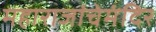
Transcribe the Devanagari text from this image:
महाराजांचेमंदिर